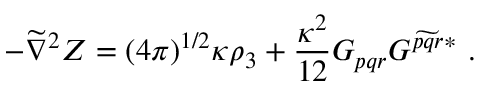
- \widetilde \nabla ^ { 2 } Z = ( 4 \pi ) ^ { 1 / 2 } \kappa \rho _ { 3 } + \frac { \kappa ^ { 2 } } { 1 2 } G _ { p q r } G ^ { \widetilde { p q r } * } \ .